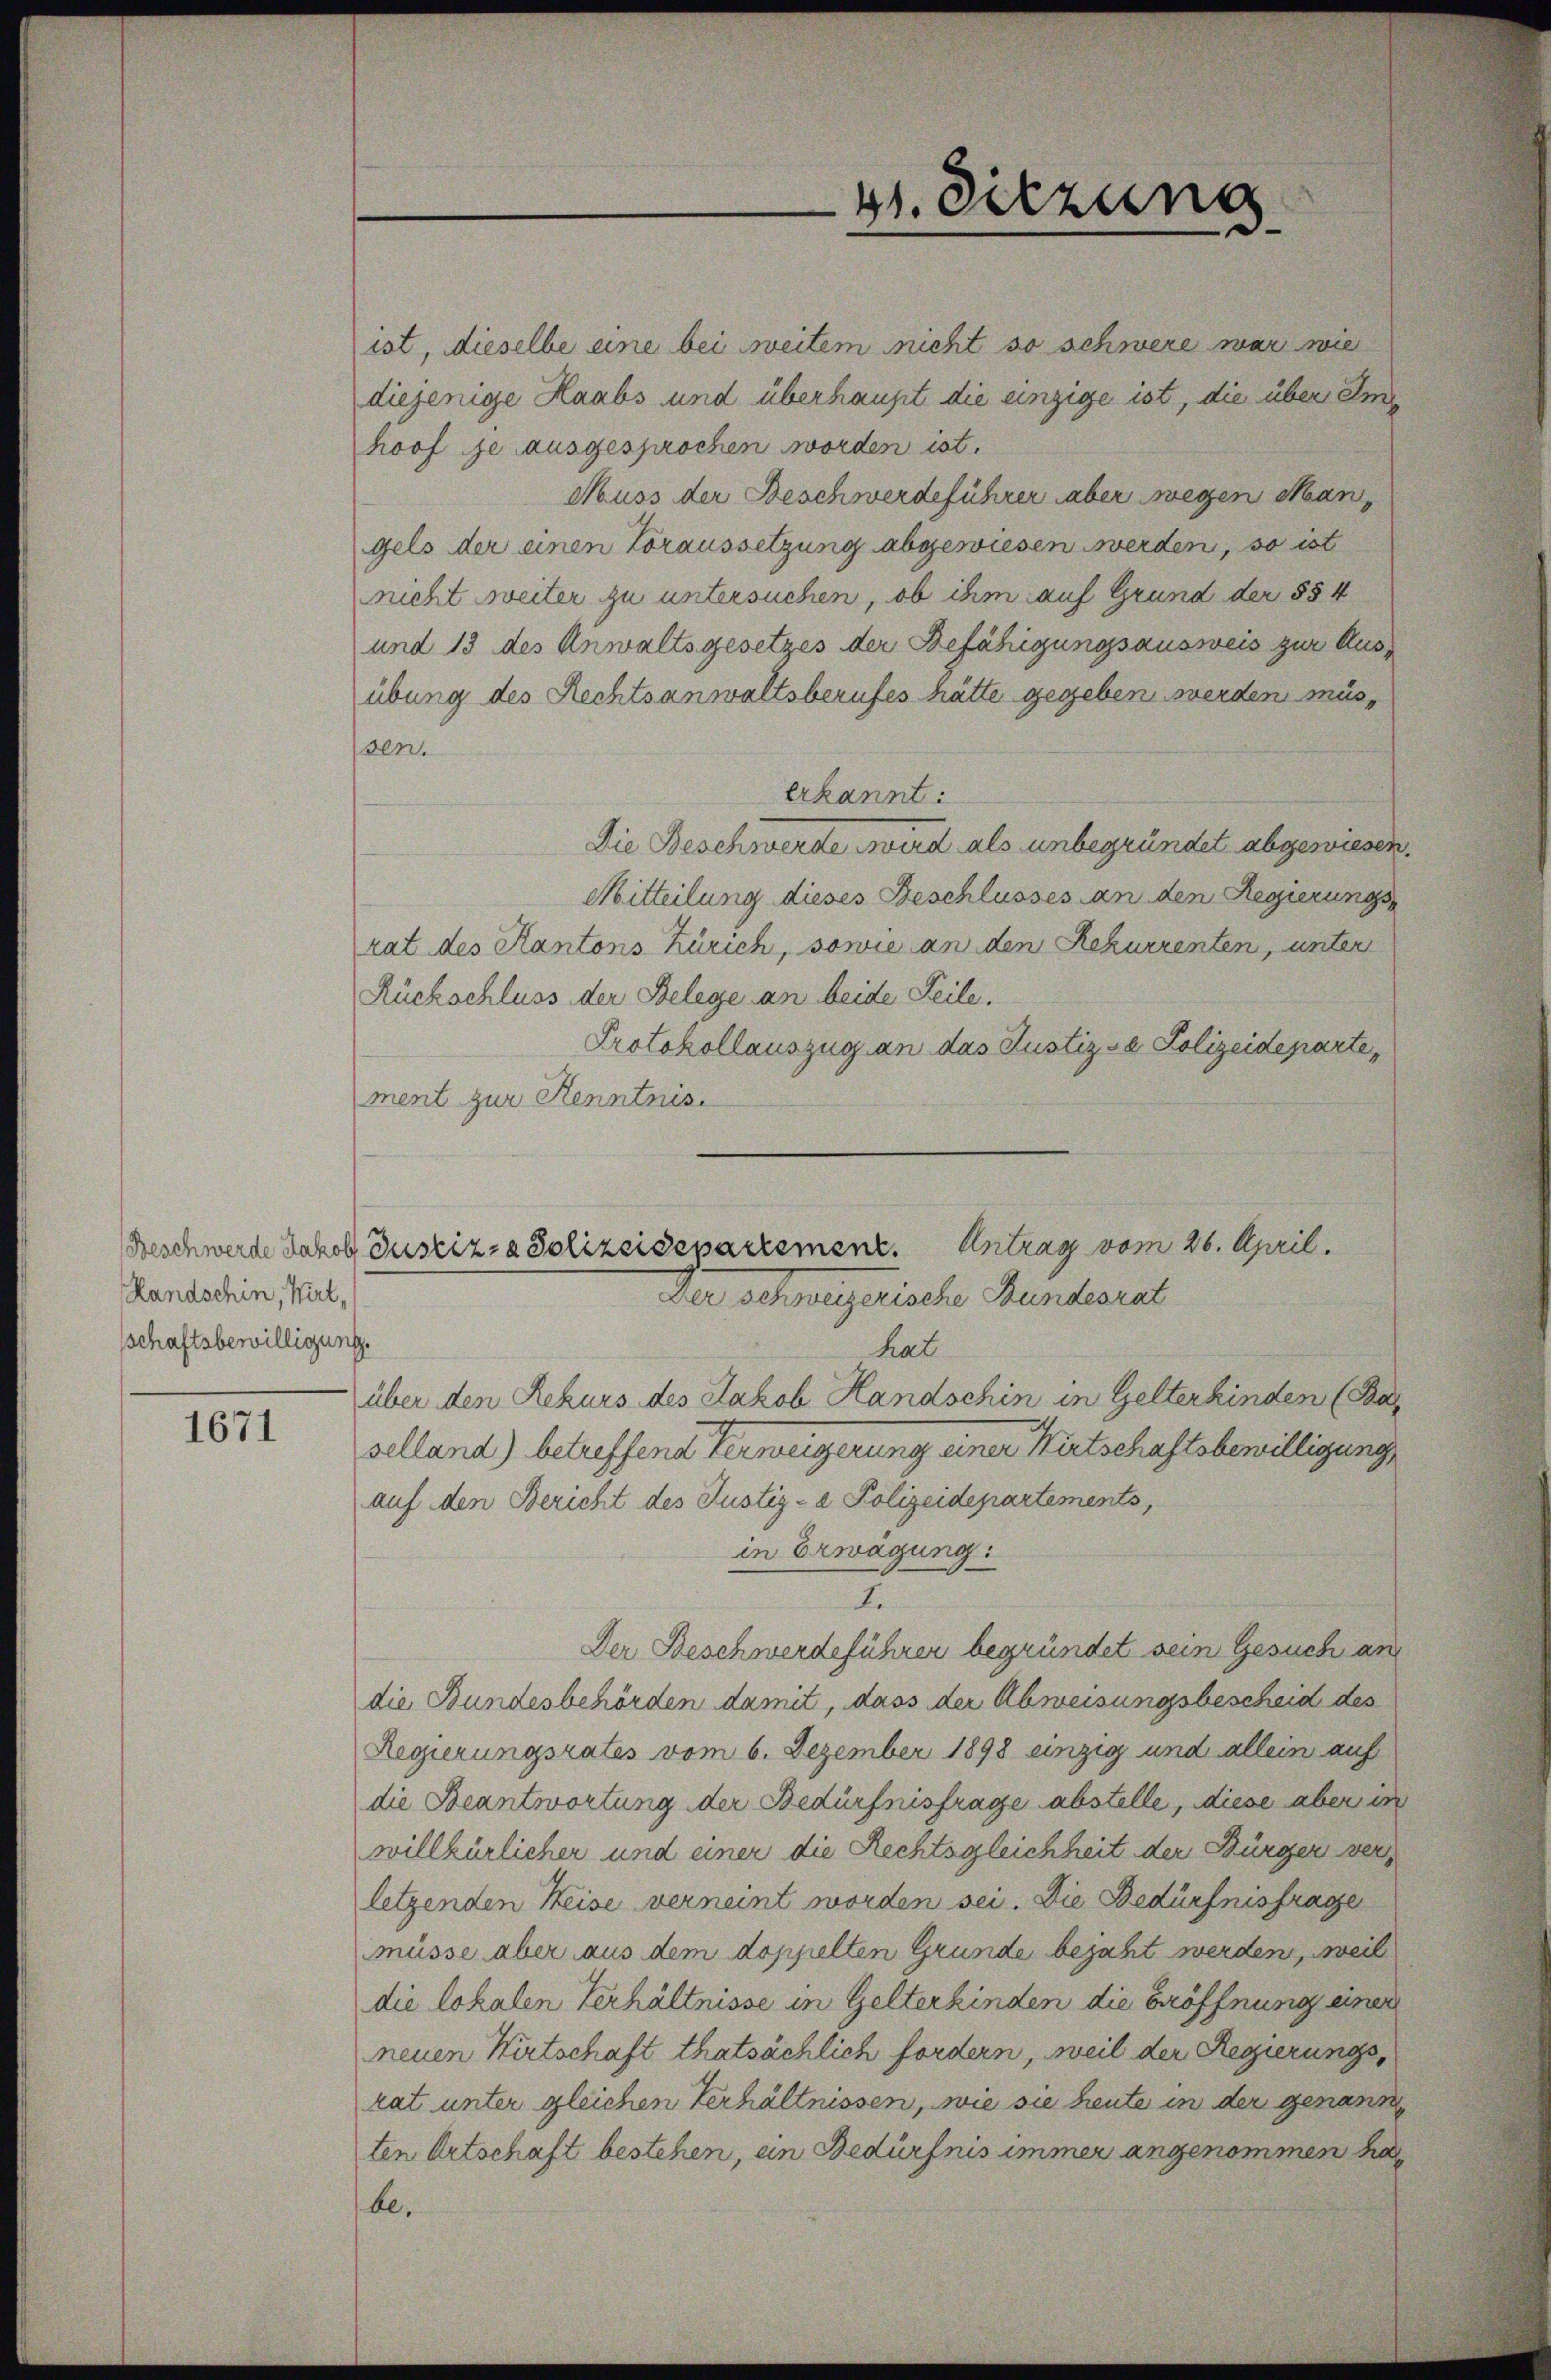
Beschwerde Jakob S
Randschin, Wirt,
schaftsbewilligung.

1671

ist, dieselbe eine bei weitem nicht so schwere war wie
diejenige Haabs und überhaupt die einzige ist, die über Im
hoof je ausgesprochen worden ist.
Muss der Beschwerdeführer aber wegen Man
gels der einen Voraussetzung abgewiesen werden, so ist
nicht weiter zu untersuchen, ob ihm auf Grund der §§ 4
und 13 des Anwaltsgesetzes der Befähigungsausweis zur Ausübung des Rechtsanwaltsberufes hätte gegeben werden müs
sen.
erkannt:
Die Beschwerde wird als unbegründet abgewiesen.
Mitteilung dieses Beschlusses an den Regierungs-
rat des Kantons Zürich, sowie an den Rekurrenten, unter
Rückschluss der Belege an beide Teile.
Protokollauszug an das Justiz- & Polizeideparte,
ment zur Kenntnis.

hat
über den Rekurs des Jakob Handschin in Gelterkinden (Bar
selland) betreffend Verweigerung einer Wirtschaftsbewilligung,
auf den Bericht des Justiz- & Polizeidepartements,
in Erwägung:
.
Der Beschwerdeführer begründet sein Gesuch an
die Bundesbehörden damit, dass der Abweisungsbescheid des
Regierungsrates vom 6. Dezember 1898 einzig und allein auf
die Beantwortung der Bedürfnisfrage abstelle, diese aber in
willkürlicher und einer die Rechtsgleichheit der Bürger verletzenden Heise verneint worden sei. Die Bedürfnisfrage
müsse aber aus dem doppelten Grunde bejaht werden, weil
die lokalen Verhältnisse in Gelterkinden die Eröffnung einer
neuen Wirtschaft thatsächlich fordern, weil der Regierungsrat unter gleichen Verhältnissen, wie sie heute in der genann
ten Ortschaft bestehen, ein Bedürfnis immer angenommen ha
be.

g. Sitzung
¬

Zustiz- & Polizeidepartement. Antrag vom 26. April.
Der schweizerische Bundesrat